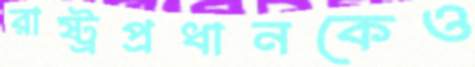
রাষ্ট্রপ্রধানকেও